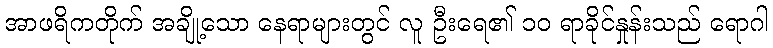
အာဖရိကတိုက် အချို့သော နေရာများတွင် လူ ဦးရေ၏ ၁၀ ရာခိုင်နှုန်းသည် ရောဂါ